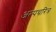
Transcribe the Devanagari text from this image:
अल्पचरित्र